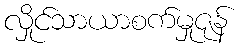
လှိုင်သာယာစက်မှုဇုန်